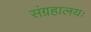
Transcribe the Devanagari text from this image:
संग्रहालयः